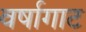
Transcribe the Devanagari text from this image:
वर्षागाट